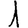
Digit: 1